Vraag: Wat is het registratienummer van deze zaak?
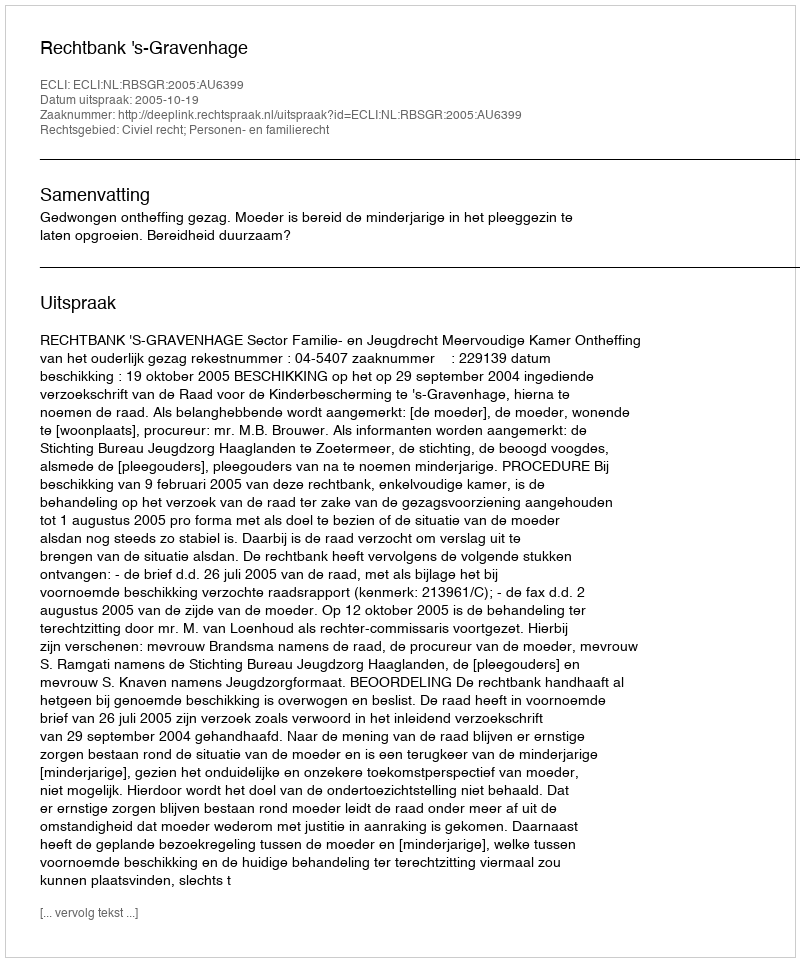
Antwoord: http://deeplink.rechtspraak.nl/uitspraak?id=ECLI:NL:RBSGR:2005:AU6399